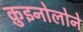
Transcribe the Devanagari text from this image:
क़ुइनोलोने